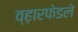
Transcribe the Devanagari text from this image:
व्ह़ारफेडले